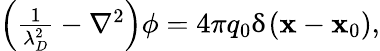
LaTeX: \begin{array}{r}{\left(\frac{1}{\lambda_{D}^{2}}-\nabla^{2}\right)\phi=4\pi q_{0}\updelta(\mathbf{x}-\mathbf{x}_{0}),}\end{array}